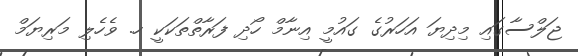
ޖަލްސާގައި މިދިޔަ އަހަރުގެ ގައުމީ އިނާމް ހޯދި ފަރާތްތަކަކީ ހ. ވެހެލި މަރިޔަމް